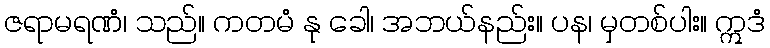
ဇရာမရဏံ၊ သည်။ ကတမံ နု ခေါ၊ အဘယ်နည်း။ ပန၊ မှတစ်ပါး။ ဣဒံ